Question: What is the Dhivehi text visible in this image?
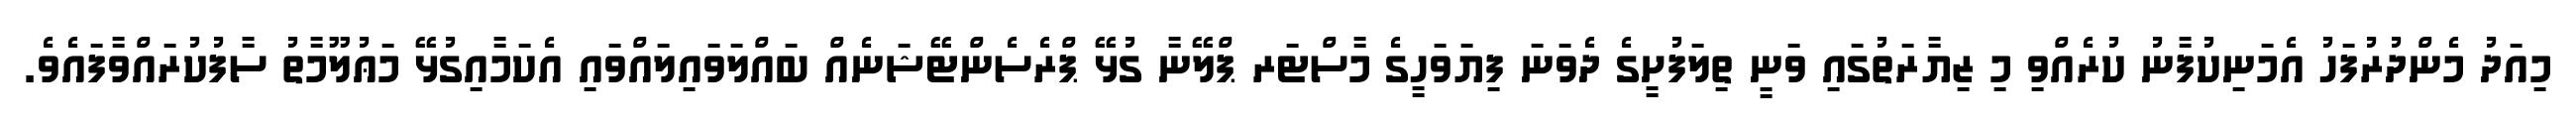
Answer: މިއަދު މެންދުރުފަހު އެމަނިކުފާނު ކުރެއްވި މި ޒިޔާރަތުގައި ވަނީ ތިލަފުށީގެ ދެވަނަ ފިޔަވަހީގެ މާސްޓަރ ޕްލޭނާ ގުޅޭ ޕްރެސެންޓޭޝަނެއް ބައްލަވައިލައްވައި އެކަމާއިގުޅޭ މަޢުލޫމާތު ސާފުކުރައްވާފައެވެ.